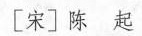
[宋] 陈 起